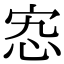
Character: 𡧫